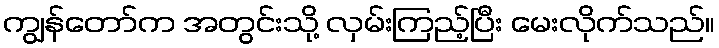
ကျွန်တော်က အတွင်းသို့ လှမ်းကြည့်ပြီး မေးလိုက်သည်။